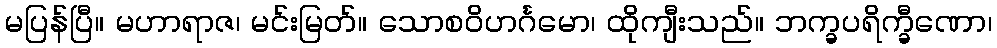
မပြန်ပြီ။ မဟာရာဇ၊ မင်းမြတ်။ သောစဝိဟင်္ဂမော၊ ထိုကျီးသည်။ ဘက္ခပရိက္ခီဏော၊